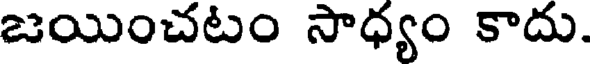
జయించటం సాధ్యం కాదు.